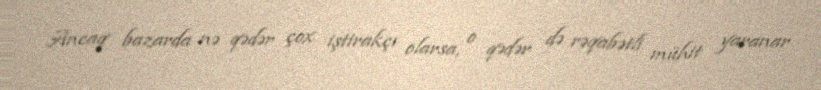
Ancaq bazarda nə qədər çox iştirakçı olarsa, o qədər də rəqabətli mühit yaranar